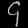
Digit: ၄